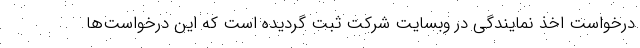
درخواست اخذ نمایندگی در وبسایت شرکت ثبت گردیده است که این درخواست­ها